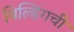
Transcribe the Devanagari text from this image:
बिल्डिंगची